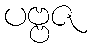
ပဗ္ဗဇ